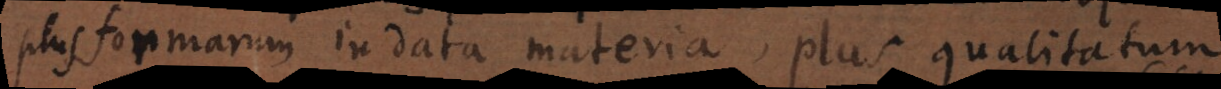
plus formarum in data materia, plus qualitatum